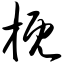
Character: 概